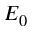
E _ { 0 }